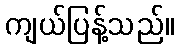
ကျယ်ပြန့်သည်။